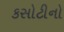
કસોટીનો